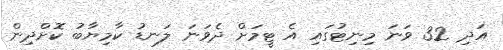
އަދި 32 ވަނަ މިނިޓުގައި އެ ޓީމަށް ދެވަނަ ލަނޑު ކާމިޔާބު ކޮށްދިން